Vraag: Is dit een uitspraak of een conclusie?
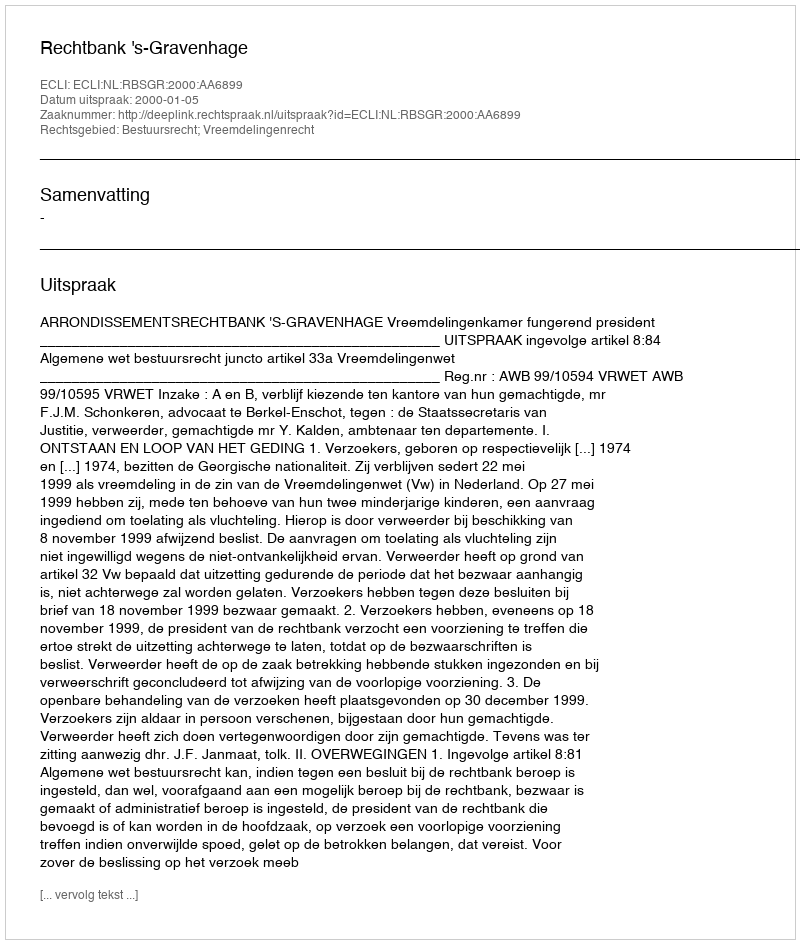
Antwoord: Uitspraak